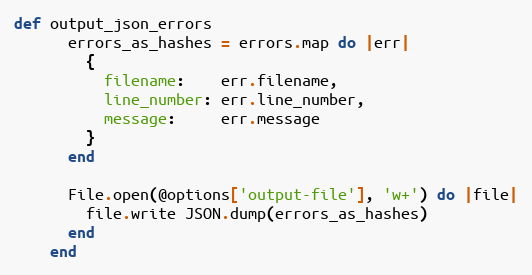
Language: Ruby
def output_json_errors
      errors_as_hashes = errors.map do |err|
        {
          filename:    err.filename,
          line_number: err.line_number,
          message:     err.message
        }
      end

      File.open(@options['output-file'], 'w+') do |file|
        file.write JSON.dump(errors_as_hashes)
      end
    end